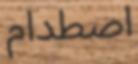
اصطدام